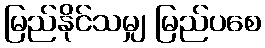
မြည်နိုင်သမျှ မြည်ပစေ